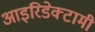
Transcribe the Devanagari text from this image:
आइरिडेक्टामी